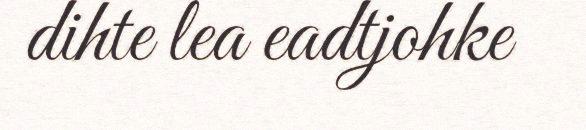
dihte lea eadtjohke